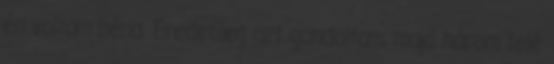
én voltam béna. Eredetileg azt gondoltam, majd három felé